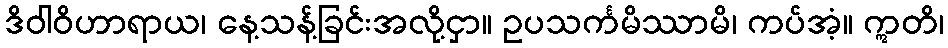
ဒိဝါဝိဟာရာယ၊ နေ့သန့်ခြင်းအလို့ငှာ။ ဥပသင်္ကမိဿာမိ၊ ကပ်အံ့။ ဣတိ၊